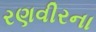
રણવીરના